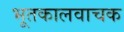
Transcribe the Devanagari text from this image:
भूतकालवाचक